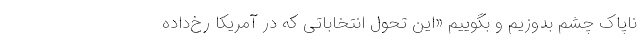
ناپاک چشم بدوزیم و بگوییم «این تحول انتخاباتی که در آمریکا رخ‌داده